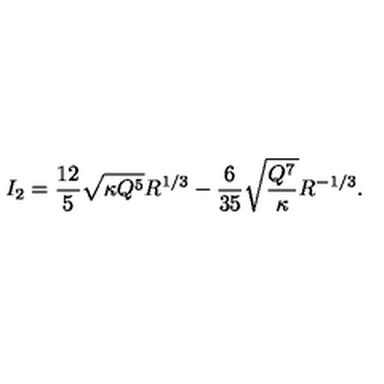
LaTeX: I _ { 2 } = \frac { 1 2 } { 5 } \sqrt { \kappa Q ^ { 5 } } R ^ { 1 / 3 } - \frac { 6 } { 3 5 } \sqrt { \frac { Q ^ { 7 } } { \kappa } } R ^ { - 1 / 3 } .